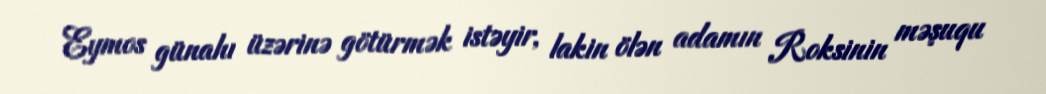
Eymos günahı üzərinə götürmək istəyir, lakin ölən adamın Roksinin məşuqu